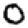
Digit: 0